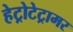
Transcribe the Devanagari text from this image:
हेट्रोटेट्रामर